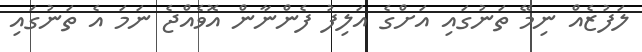
ލަފުޒެއް ނިމޭ ތަނުގައި އަށްގެ އަލިފު ފެންނާން އޮވެއްޖެ ނަމަ އެ ތަނުގައި